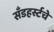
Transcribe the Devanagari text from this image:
सँडहर्स्टचे